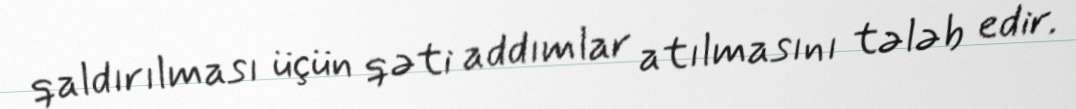
qaldırılması üçün qəti addımlar atılmasını tələb edir.